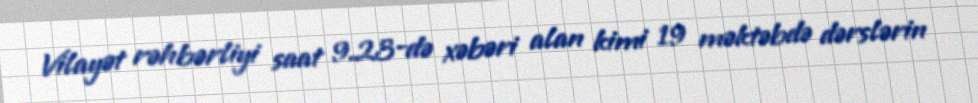
Vilayət rəhbərliyi saat 9.23-də xəbəri alan kimi 19 məktəbdə dərslərin